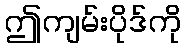
ဤကျမ်းပိုဒ်ကို